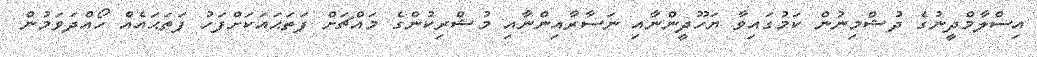
އިސްލާމްދީނުގެ ދުޝްމިނުން ކަމުގައިވާ ޔަހޫދީންނާއި ނަސާރާއިންނާއި މުޝްރިކުންގެ މައްޗަށް ފަތަޙައަކަށްފަހު ފަތަޙައެއް ހޯއްދަވަމުން